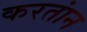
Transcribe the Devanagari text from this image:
करतांन